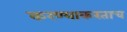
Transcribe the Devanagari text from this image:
करण्याकरताच